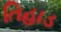
તિહાડ